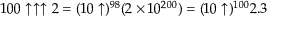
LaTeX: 1 0 0 \uparrow \uparrow \uparrow 2 = ( 1 0 \uparrow ) ^ { 9 8 } ( 2 \times 1 0 ^ { 2 0 0 } ) = ( 1 0 \uparrow ) ^ { 1 0 0 } 2 . 3